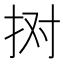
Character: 𢫊